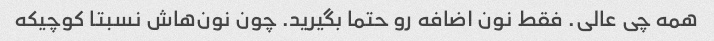
همه چی عالی. فقط نون اضافه رو حتما بگیرید. چون نون‌هاش نسبتا کوچیکه